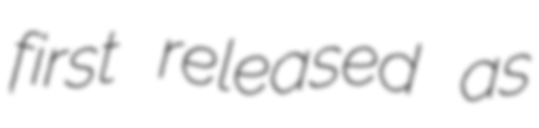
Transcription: first released as